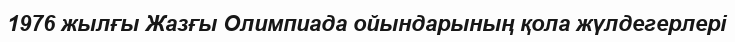
1976 жылғы Жазғы Олимпиада ойындарының қола жүлдегерлері